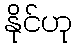
နိုင်ဟု